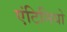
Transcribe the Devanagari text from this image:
एंटिनियो